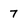
Character: 7